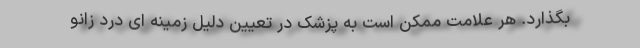
بگذارد. هر علامت ممکن است به پزشک در تعیین دلیل زمینه ای درد زانو